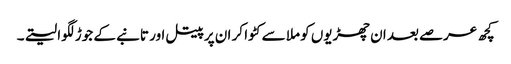
کچھ عرصے بعد ان چھڑیوں کو ملا سے کٹوا کر ان پر پیتل اور تانبے کے جوڑ لگوا لیتے۔